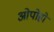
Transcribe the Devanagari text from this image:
ओपोहो